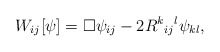
\begin{align*}W_{ij}[\psi] = \square \psi_{ij} - 2R^{k}{}_{ij}{}^l \psi_{kl} ,\end{align*}